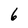
Character: 6